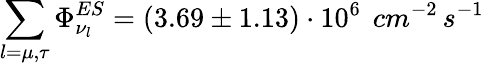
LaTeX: \sum_{l=\mu,\tau}\Phi_{\nu_{l}}^{ES}=(3.69\pm 1.13)\cdot 10^{6}\, ~cm^{-2}\, s^{-1}